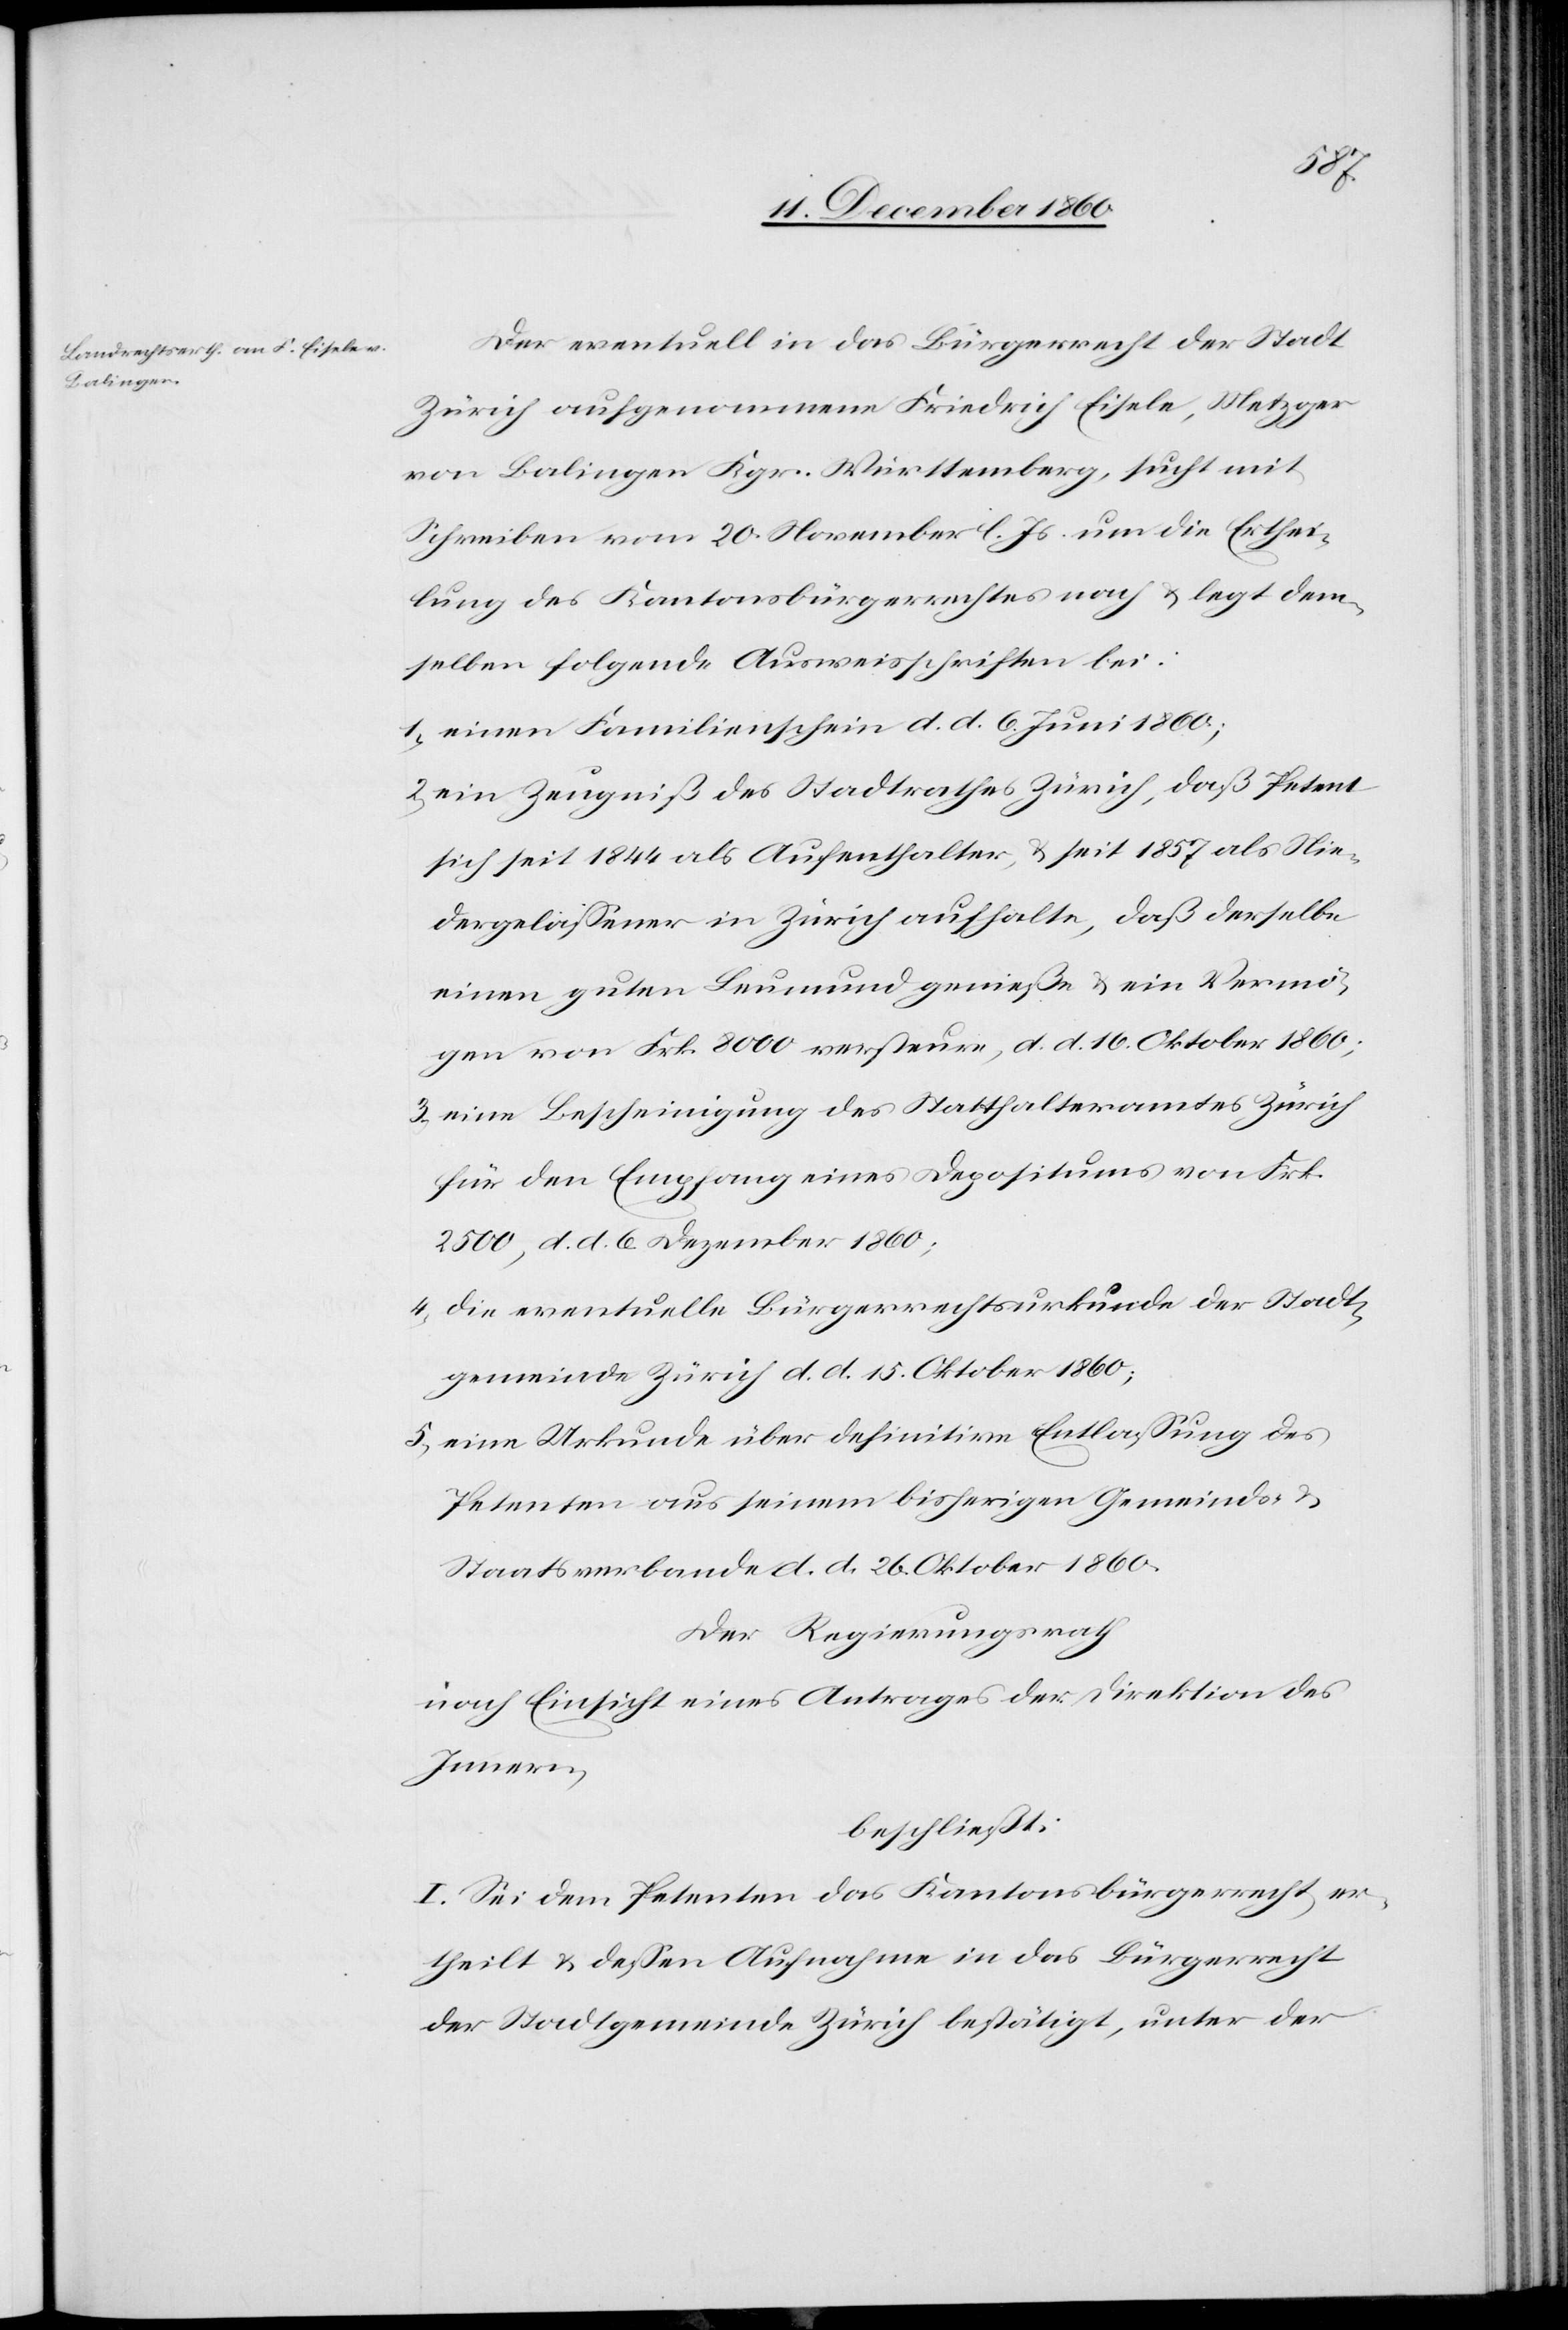
Der eventuell in das Bürgerrecht der Stadt
Zürich aufgenommene Friedrich Eisele, Metzger
von Balingen Kgr. Württemberg, sucht mit
Schreiben vom 20. November l. Js. um die Erthei¬
lung des Kantonsbürgerrechtes nach u. legt dem¬
selben folgende Ausweisschriften bei:
1) einen Familienschein d. d. 6. Juni 1860;
ein Zeugniß des Stadtrathes Zürich, daß Petent
sich seit 1844 als Aufenthalter, u. seit 1857 als Nie¬
dergelassener in Zürich aufhalte, daß derselbe
einen guten Leumund genieße u. ein Vermö¬
gen von Frk. 8000 versteure, d. d. 16. Oktober 1860;
3) eine Bescheinigung des Statthalteramtes Zürich
für den Empfang eines Depositums von Frk.
2500, d. d. 6. Dezember 1860;
4) die eventuelle Bürgerrechtsurkunde der Stadt¬
gemeinde Zürich d. d. 15. Oktober 1860;
5) eine Urkunde über definitive Entlassung des
Petenten aus seinem bisherigen Gemeinds- u.
Staatsverband d. d. 26. Oktober 1860.
Der Regierungsrath
nach Einsicht eines Antrages der Direktion des
Innern,
beschließt:
I. Sei dem Petenten das Kantonsbürgerrecht er¬
theilt u. dessen Aufnahme in das Bürgerrecht
der Stadtgemeinde Zürich bestätigt, unter der